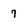
Character: 7